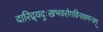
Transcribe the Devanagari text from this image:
दारिद्र्यदुःखभवरोगविनाशमन्त्रम्